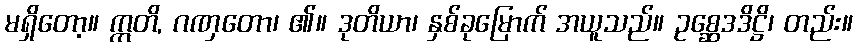
မရှိတော့။ ဣတိ, ဂဏှတော၊ ၏။ ဒုတိယာ၊ နှစ်ခုမြောက် အယူသည်။ ဥစ္ဆေဒဒိဋ္ဌိ၊ တည်း။